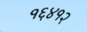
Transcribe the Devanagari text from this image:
१६४१२